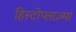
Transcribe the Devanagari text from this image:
हिस्टोप्लाज़्मा